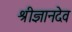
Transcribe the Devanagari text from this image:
श्रीज्ञानदेव